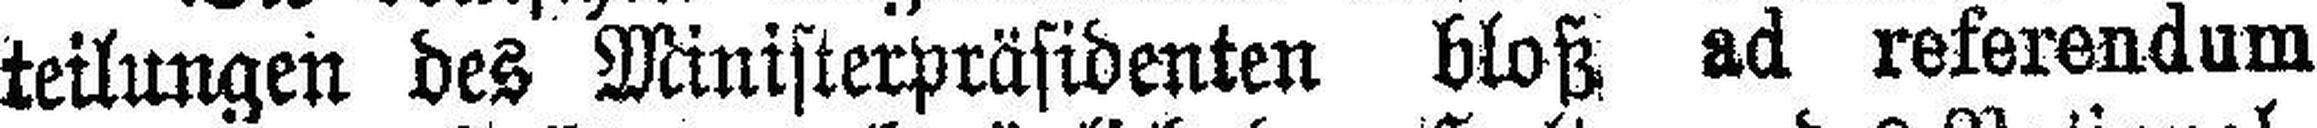
teilungen des Ministerpräsidenten bloß ad referendum